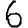
Digit: 6